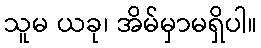
သူမ ယခု၊ အိမ်မှာမရှိပါ။